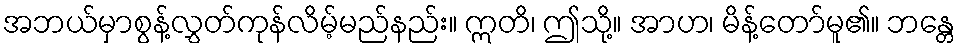
အဘယ်မှာစွန့်လွှတ်ကုန်လိမ့်မည်နည်း။ ဣတိ၊ ဤသို့။ အာဟ၊ မိန့်တော်မူ၏။ ဘန္တေ